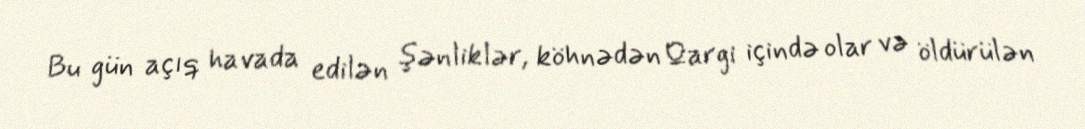
Bu gün açıq havada edilən şənliklər, köhnədən Qargi içində olar və öldürülən